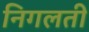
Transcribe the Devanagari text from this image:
निगलती